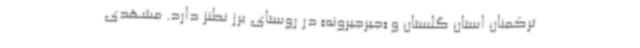
ترکمنان استان گلستان و «جیرجیرونه» در روستای برز نطنز دارد. مشهدی